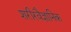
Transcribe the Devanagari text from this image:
शरीरवैज्ञानिक